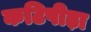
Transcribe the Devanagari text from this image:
कटिपीड़ा